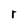
Character: r